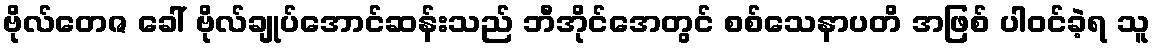
ဗိုလ်တေဇ ခေါ် ဗိုလ်ချုပ်အောင်ဆန်းသည် ဘီအိုင်အေတွင် စစ်သေနာပတိ အဖြစ် ပါဝင်ခဲ့ရ သူ